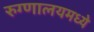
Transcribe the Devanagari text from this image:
रुग्णालयमध्ये